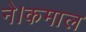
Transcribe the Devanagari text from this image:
ने।कमाल